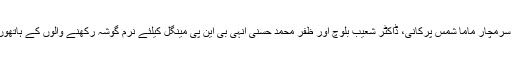
گذشتہ دنوں تین بلوچ سرمچار ماما شمس پرکانی، ڈاکٹر شعیب بلوچ اور ظفر محمد حسنی انہی بی این پی مینگل کیلئے نرم گوشہ رکھنے والوں کے ہاتھوں شہید کروائے گئے۔